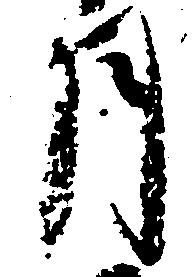
月